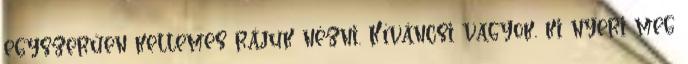
egyszerűen kellemes rájuk nézni. Kíváncsi vagyok, ki nyeri meg